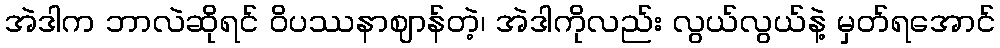
အဲဒါက ဘာလဲဆိုရင် ဝိပဿနာဈာန်တဲ့၊ အဲဒါကိုလည်း လွယ်လွယ်နဲ့ မှတ်ရအောင်